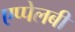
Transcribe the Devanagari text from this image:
एप्पेलबी